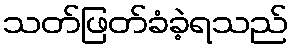
သတ်ဖြတ်ခံခဲ့ရသည်